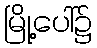
မြို့ပေါ်၌